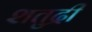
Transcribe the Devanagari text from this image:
शतुद्री